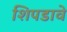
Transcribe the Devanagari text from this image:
शिपडावे